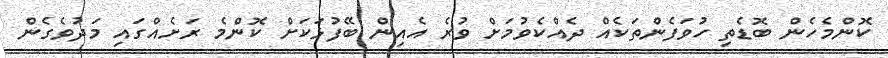
ކޮންމެހެން ބޮޑެތި ހުވަފެންތަކެއް ދެއްކެވުމަށް ވުރެ އެއިން ބޭފުޅަކަށް ކޮންމެ ރަށެއްގައި މަދުވެގެން